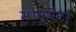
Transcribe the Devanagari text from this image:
मोनुमेंटो